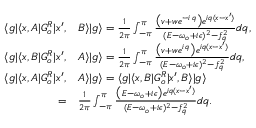
\begin{array} { r l } { \langle g | \langle x , A | G _ { o } ^ { R } | x ^ { \prime } , } & { B \rangle | g \rangle = \frac { 1 } { 2 \pi } \int _ { - \pi } ^ { \pi } \frac { \big ( v + w e ^ { - i \, q } \big ) e ^ { i q ( x - x ^ { \prime } ) } } { ( E - \omega _ { o } + i \epsilon ) ^ { 2 } - f _ { q } ^ { 2 } } d q , } \\ { \langle g | \langle x , B | G _ { o } ^ { R } | x ^ { \prime } , } & { A \rangle | g \rangle = \frac { 1 } { 2 \pi } \int _ { - \pi } ^ { \pi } \frac { \big ( v + w e ^ { i \, q } \big ) e ^ { i q ( x - x ^ { \prime } ) } } { ( E - \omega _ { o } + i \epsilon ) ^ { 2 } - f _ { q } ^ { 2 } } d q , } \\ { \langle g | \langle x , A | G _ { o } ^ { R } | x ^ { \prime } , } & { A \rangle | g \rangle = \langle g | \langle x , B | G _ { o } ^ { R } | x ^ { \prime } , B \rangle | g \rangle } \\ { = } & { \frac { 1 } { 2 \pi } \int _ { - \pi } ^ { \pi } \frac { \big ( E - \omega _ { o } + i \epsilon \big ) e ^ { i q ( x - x ^ { \prime } ) } } { ( E - \omega _ { o } + i \epsilon ) ^ { 2 } - f _ { q } ^ { 2 } } d q . } \end{array}